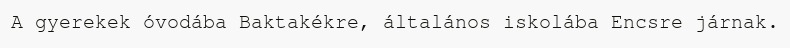
A gyerekek óvodába Baktakékre, általános iskolába Encsre járnak.